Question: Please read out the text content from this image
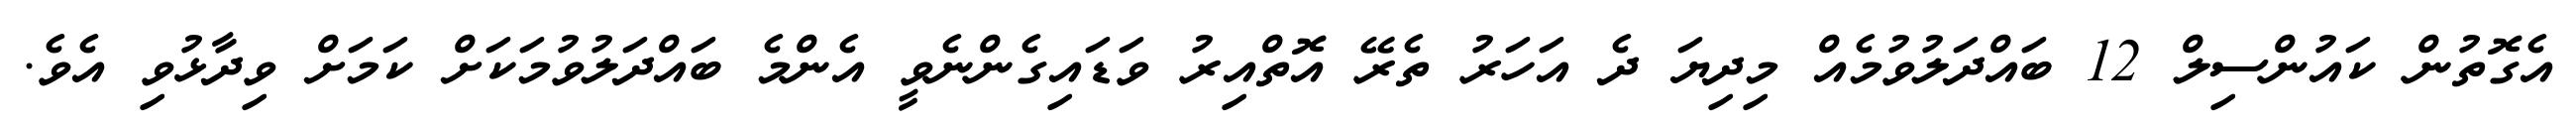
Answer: އެގޮތުން ކައުންސިލް 12 ބައްދަލުވުމެއް މިދިޔަ ދެ އަހަރު ތެރޭ އޮތްއިރު ވަޑައިގެންނެވީ އެންމެ ބައްދަލުވުމަކަށް ކަމަށް ވިދާޅުވި އެވެ.